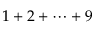
1 + 2 + \dotsb + 9